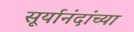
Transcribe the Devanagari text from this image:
सूर्यानंदांच्या